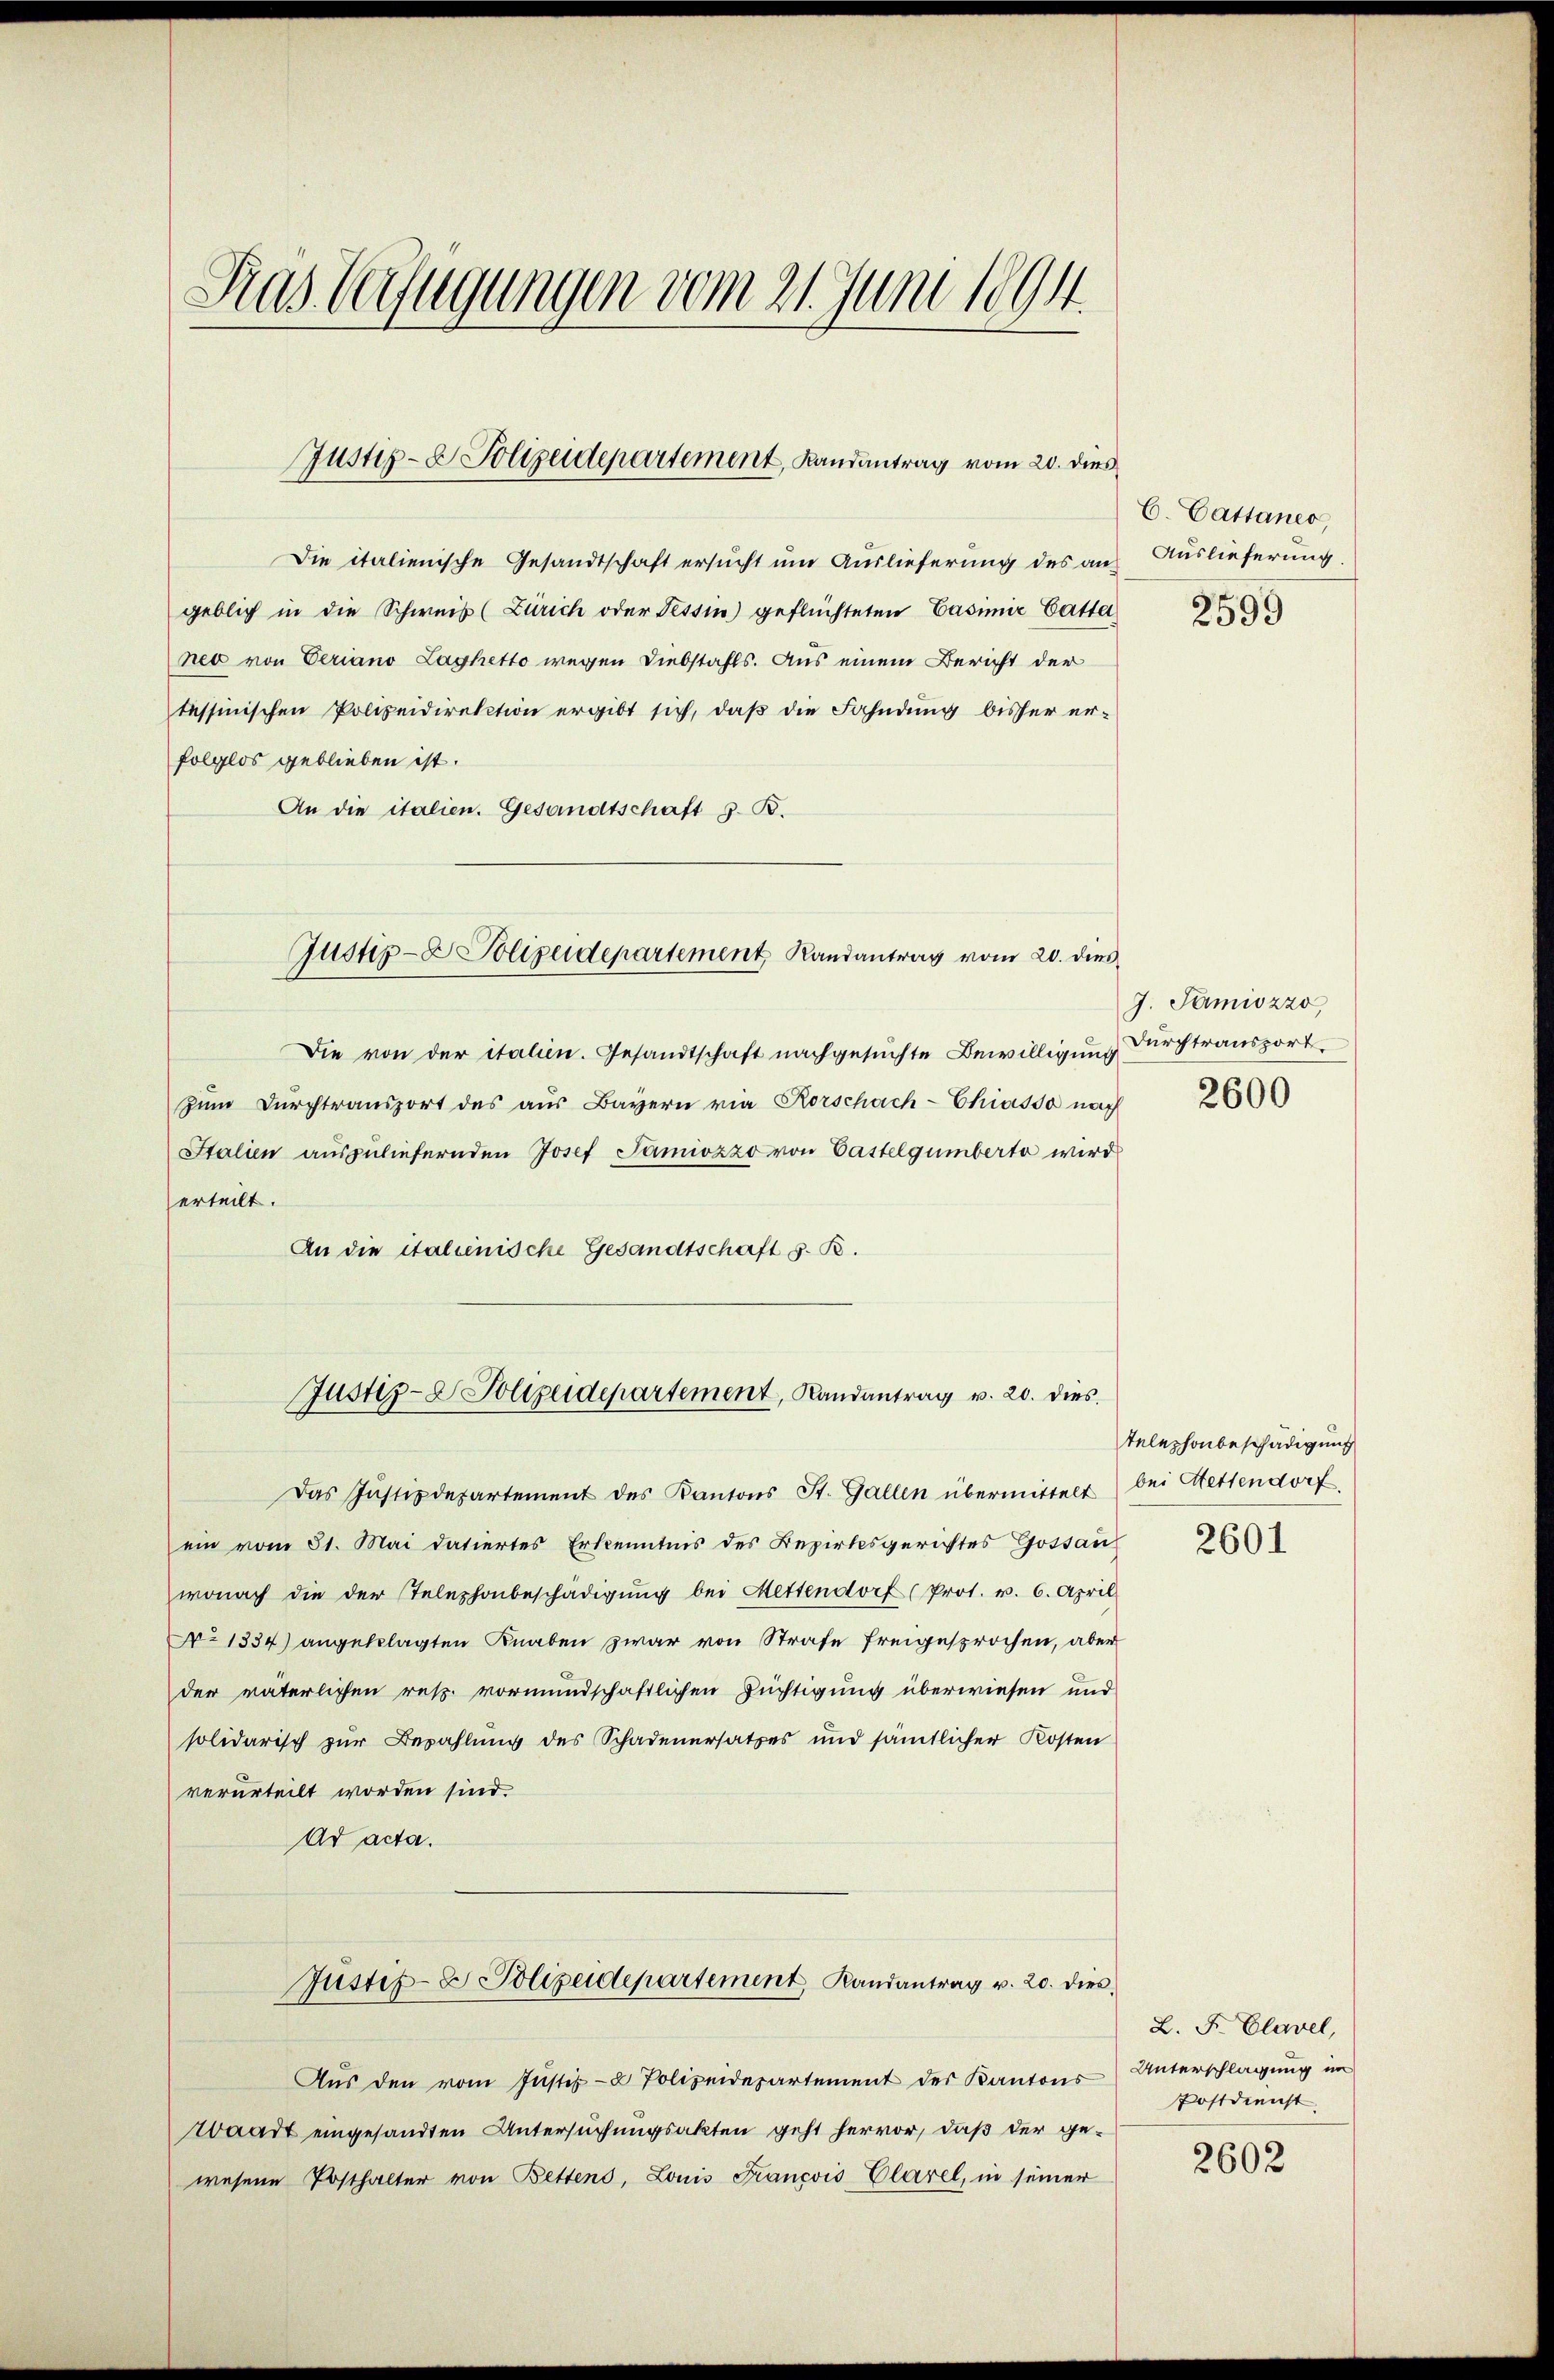
Gras Verfügungen vom 21. Juni 1894.

Justiz- & Polizeidepartement, Landantrag vom 20. dies

Die italienische Gesandtschaft ersucht um Auslieferung des an Auslieferung,
geblich in die Schweis (Zürich oder Tessin) geflüchteten Casimir Gattei
neo von Veriano Laghetto wegen Diebstahls. Aus einem Bericht der
tessinischen Polizeidirektion ergibt sich, daß die Fahndung bisher erfolglos geblieben ist.
An die italien. Gesandtschaft z. B.
Die von der italien. Gesandtschaft nachgesuchte Bewilligung
zŭm Dŭrchtransport des aus Bayern via Rorschach-Chiasso nach
Stalien auszuliefernden Josef Samiozzo von Castelgumberta wird
erteilt.
An die italienische Gesandtschaft s. B.
Justiz- & Polizeidepartement, Randantrag v. 20. dies
Das Justizdepartement des Kantons St. Gallen übermittelt
ein vom 31. Mai datiertes Erkenntnis des Bezirksgerichtes Gossau
wonach die der Telephonbeschädigŭng bei Mettendorf (Prot. v. 6. April
Ao 1334) angeklagten Knaben zwar von Strafe freigesprochen, aber
der väterlichen resp. vormundschaftlichen Füchtigung überwiesen und
solidarisch zur Bezahlung des Schadenersatzes und sämtlicher Kosten
verurteilt worden sind.
Ad acta.
Jŭstiz- & Polizeidepartement Randantrag v. 20. dies
Aŭs den vom Justiz- & Polizeidepartement der Kantons
Waadt eingesandten Untersuchungsakten geht hervor, daß der gewesene Posthalter von Bettens, Louis Francois Clarel, in seiner

Justiz- & Polizeidepartement Randantrag vom 20. dies

C. Cattaner
2599

G. Samisozzo,
Durchtransport.
2600

Telephonbeschädigung
bei Stettendorf

2601

L. F. Clavel,
Unterschlagung im
Postdienst

2602